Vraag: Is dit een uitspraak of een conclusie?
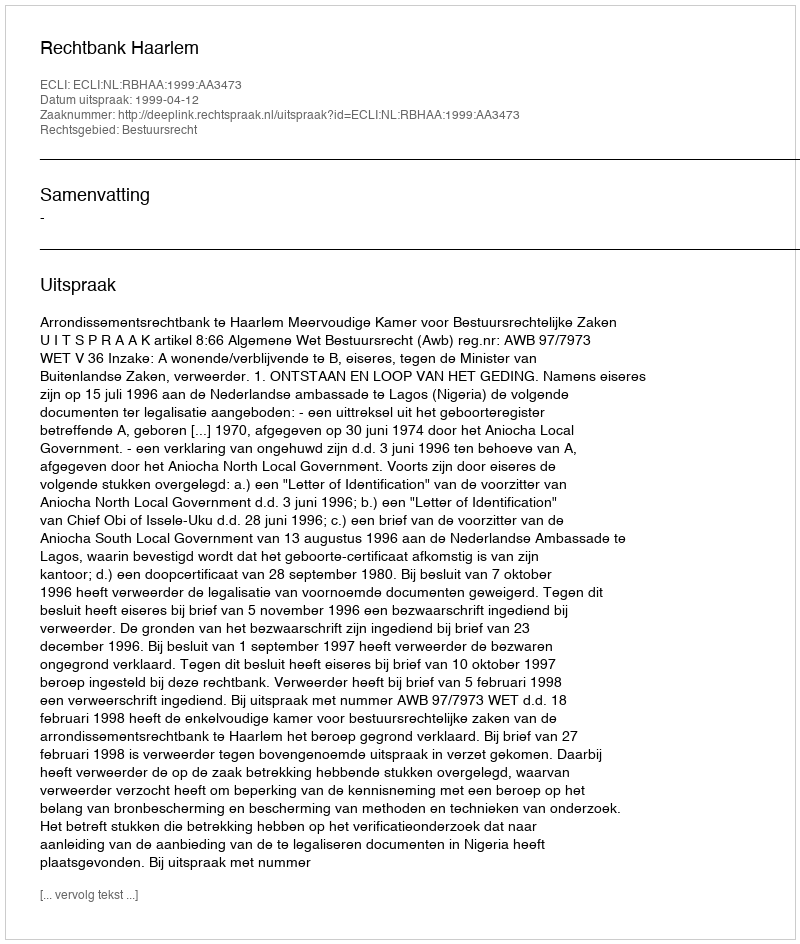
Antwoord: Uitspraak